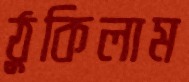
ঠুকিলাম